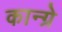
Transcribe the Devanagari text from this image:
कान्ग्रे